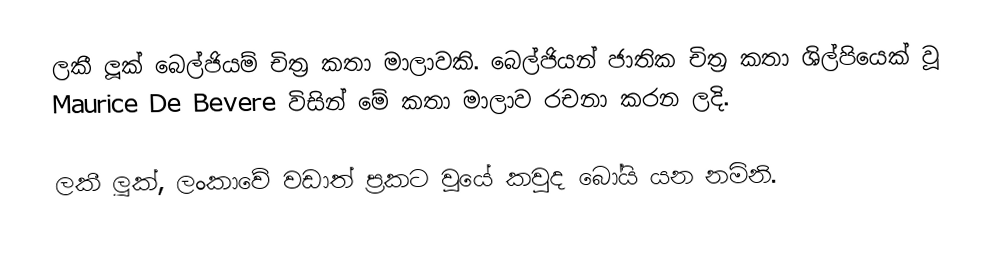
ලකී ලූක් බෙල්ජියම් චිත්‍ර කතා මාලාවකි. බෙල්ජියන් ජාතික චිත්‍ර කතා ශිල්පියෙක් වූ Maurice De Bevere විසින් මේ කතා මාලාව රචනා කරන ලදි.

ලකී ලූක්, ලංකාවේ වඩාත් ප්‍රකට වූයේ කවුද බෝයි යන නමිනි.